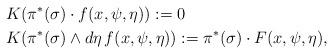
LaTeX: \begin{align*}& K(\pi^*(\sigma) \cdot f(x, \psi, \eta)) := 0\\& K(\pi^*(\sigma) \wedge d\eta \, f(x, \psi, \eta)) := \pi^*(\sigma) \cdot F(x, \psi, \eta),\end{align*}